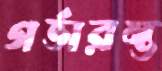
গর্ভারম্ভ